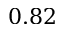
0 . 8 2